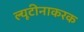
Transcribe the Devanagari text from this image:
ल्यूटीनाकरक